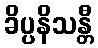
ခိပ္ပနိသန္တီ